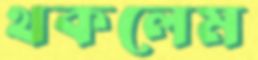
থকলেম